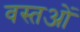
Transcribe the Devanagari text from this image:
वस्तओं